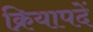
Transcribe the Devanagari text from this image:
क्रियापदें